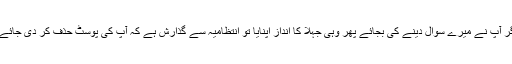
اگر آپ نے میرے سوال دینے کی بجائے پھر وہی جہلا کا انداز اپنایا تو انتظامیہ سے گذارش ہے کہ آپ کی پوسٹ حذف کر دی جائے ۔